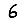
Digit: 6